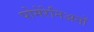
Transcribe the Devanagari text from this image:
पोमेरेनिअनों